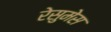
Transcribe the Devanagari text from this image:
रेसुमेस